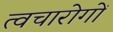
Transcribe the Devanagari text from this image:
त्वचारोगों